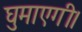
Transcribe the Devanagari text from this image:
घुमाएगी।